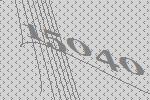
15040